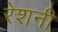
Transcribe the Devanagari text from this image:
रेशनी